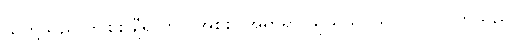
သူတို့သည် ဤစစ်ချီရာတွင် အစစ၊ အရာရာ သိုသိုသိပ်သိပ် ပြုလုပ်ကြသည်။